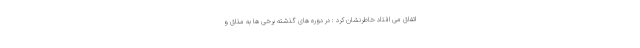
اتفاق می افتاد خاطرنشان کرد : در دوره های گذشته برخی ها به مذاق و